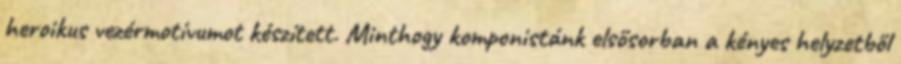
heroikus vezérmotívumot készített. Minthogy komponistánk elsősorban a kényes helyzetből